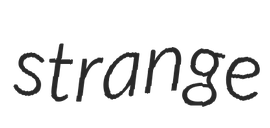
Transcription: strange